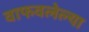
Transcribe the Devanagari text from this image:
वाफवलेल्या